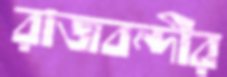
রাজবন্দীর